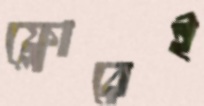
ফ্লোরেই